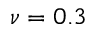
\nu = 0 . 3